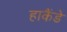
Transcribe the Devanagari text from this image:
हाकैंडे